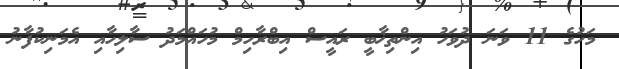
މަހުގެ 11 ވަނަ ދުވަހު އިންތިޚާބީ ރައީސް އިބްރާހިމް މުހައްމަދު ސާލިހާއި އެމަނިކުފާނު